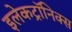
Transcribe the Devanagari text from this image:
इलेकट्रॉनिक्स